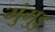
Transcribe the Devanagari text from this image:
मुंगुडु